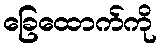
ခြေထောက်ကို